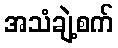
အသံချဲ့စက်